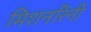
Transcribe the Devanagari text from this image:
मिशनरिंनी